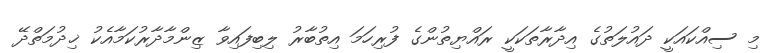
މި ސިއްކައަކީ ދައުލަތުގެ އިދާރާތަކަކީ ރައްޔިތުންގެ ފުރިހަމަ އިތުބާރު ލިބިފައިވާ ޒިންމާދާރުކަމާއެކު ޚިދުމަތްދޭ